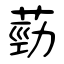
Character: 葝